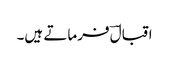
اقبالؔ فرماتے ہیں۔